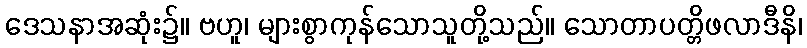
ဒေသနာအဆုံး၌။ ဗဟူ၊ များစွာကုန်သောသူတို့သည်။ သောတာပတ္တိဖလာဒီနိ၊